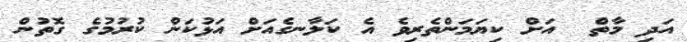
އަދި މާތް  އަށް ކިޔަމަންތެރިވެ އެ ކަލާނގެއަށް އަޅުކަން ކުރުމުގެ ގޮތުން